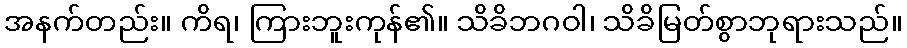
အနက်တည်း။ ကိရ၊ ကြားဘူးကုန်၏။ သိခိဘဂဝါ၊ သိခိမြတ်စွာဘုရားသည်။